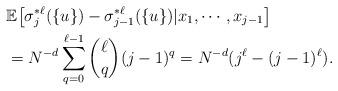
LaTeX: \begin{align*}&\mathbb E\big[\sigma_j^{*\ell}(\{u\})-\sigma_{j-1}^{*\ell}(\{u\})|x_1,\cdots,x_{j-1}\big] \\&=N^{-d}\sum_{q=0}^{\ell-1} \binom{\ell}{q}(j-1)^q=N^{-d}(j^\ell-(j-1)^\ell).\end{align*}